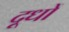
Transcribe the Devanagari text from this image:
दूधों